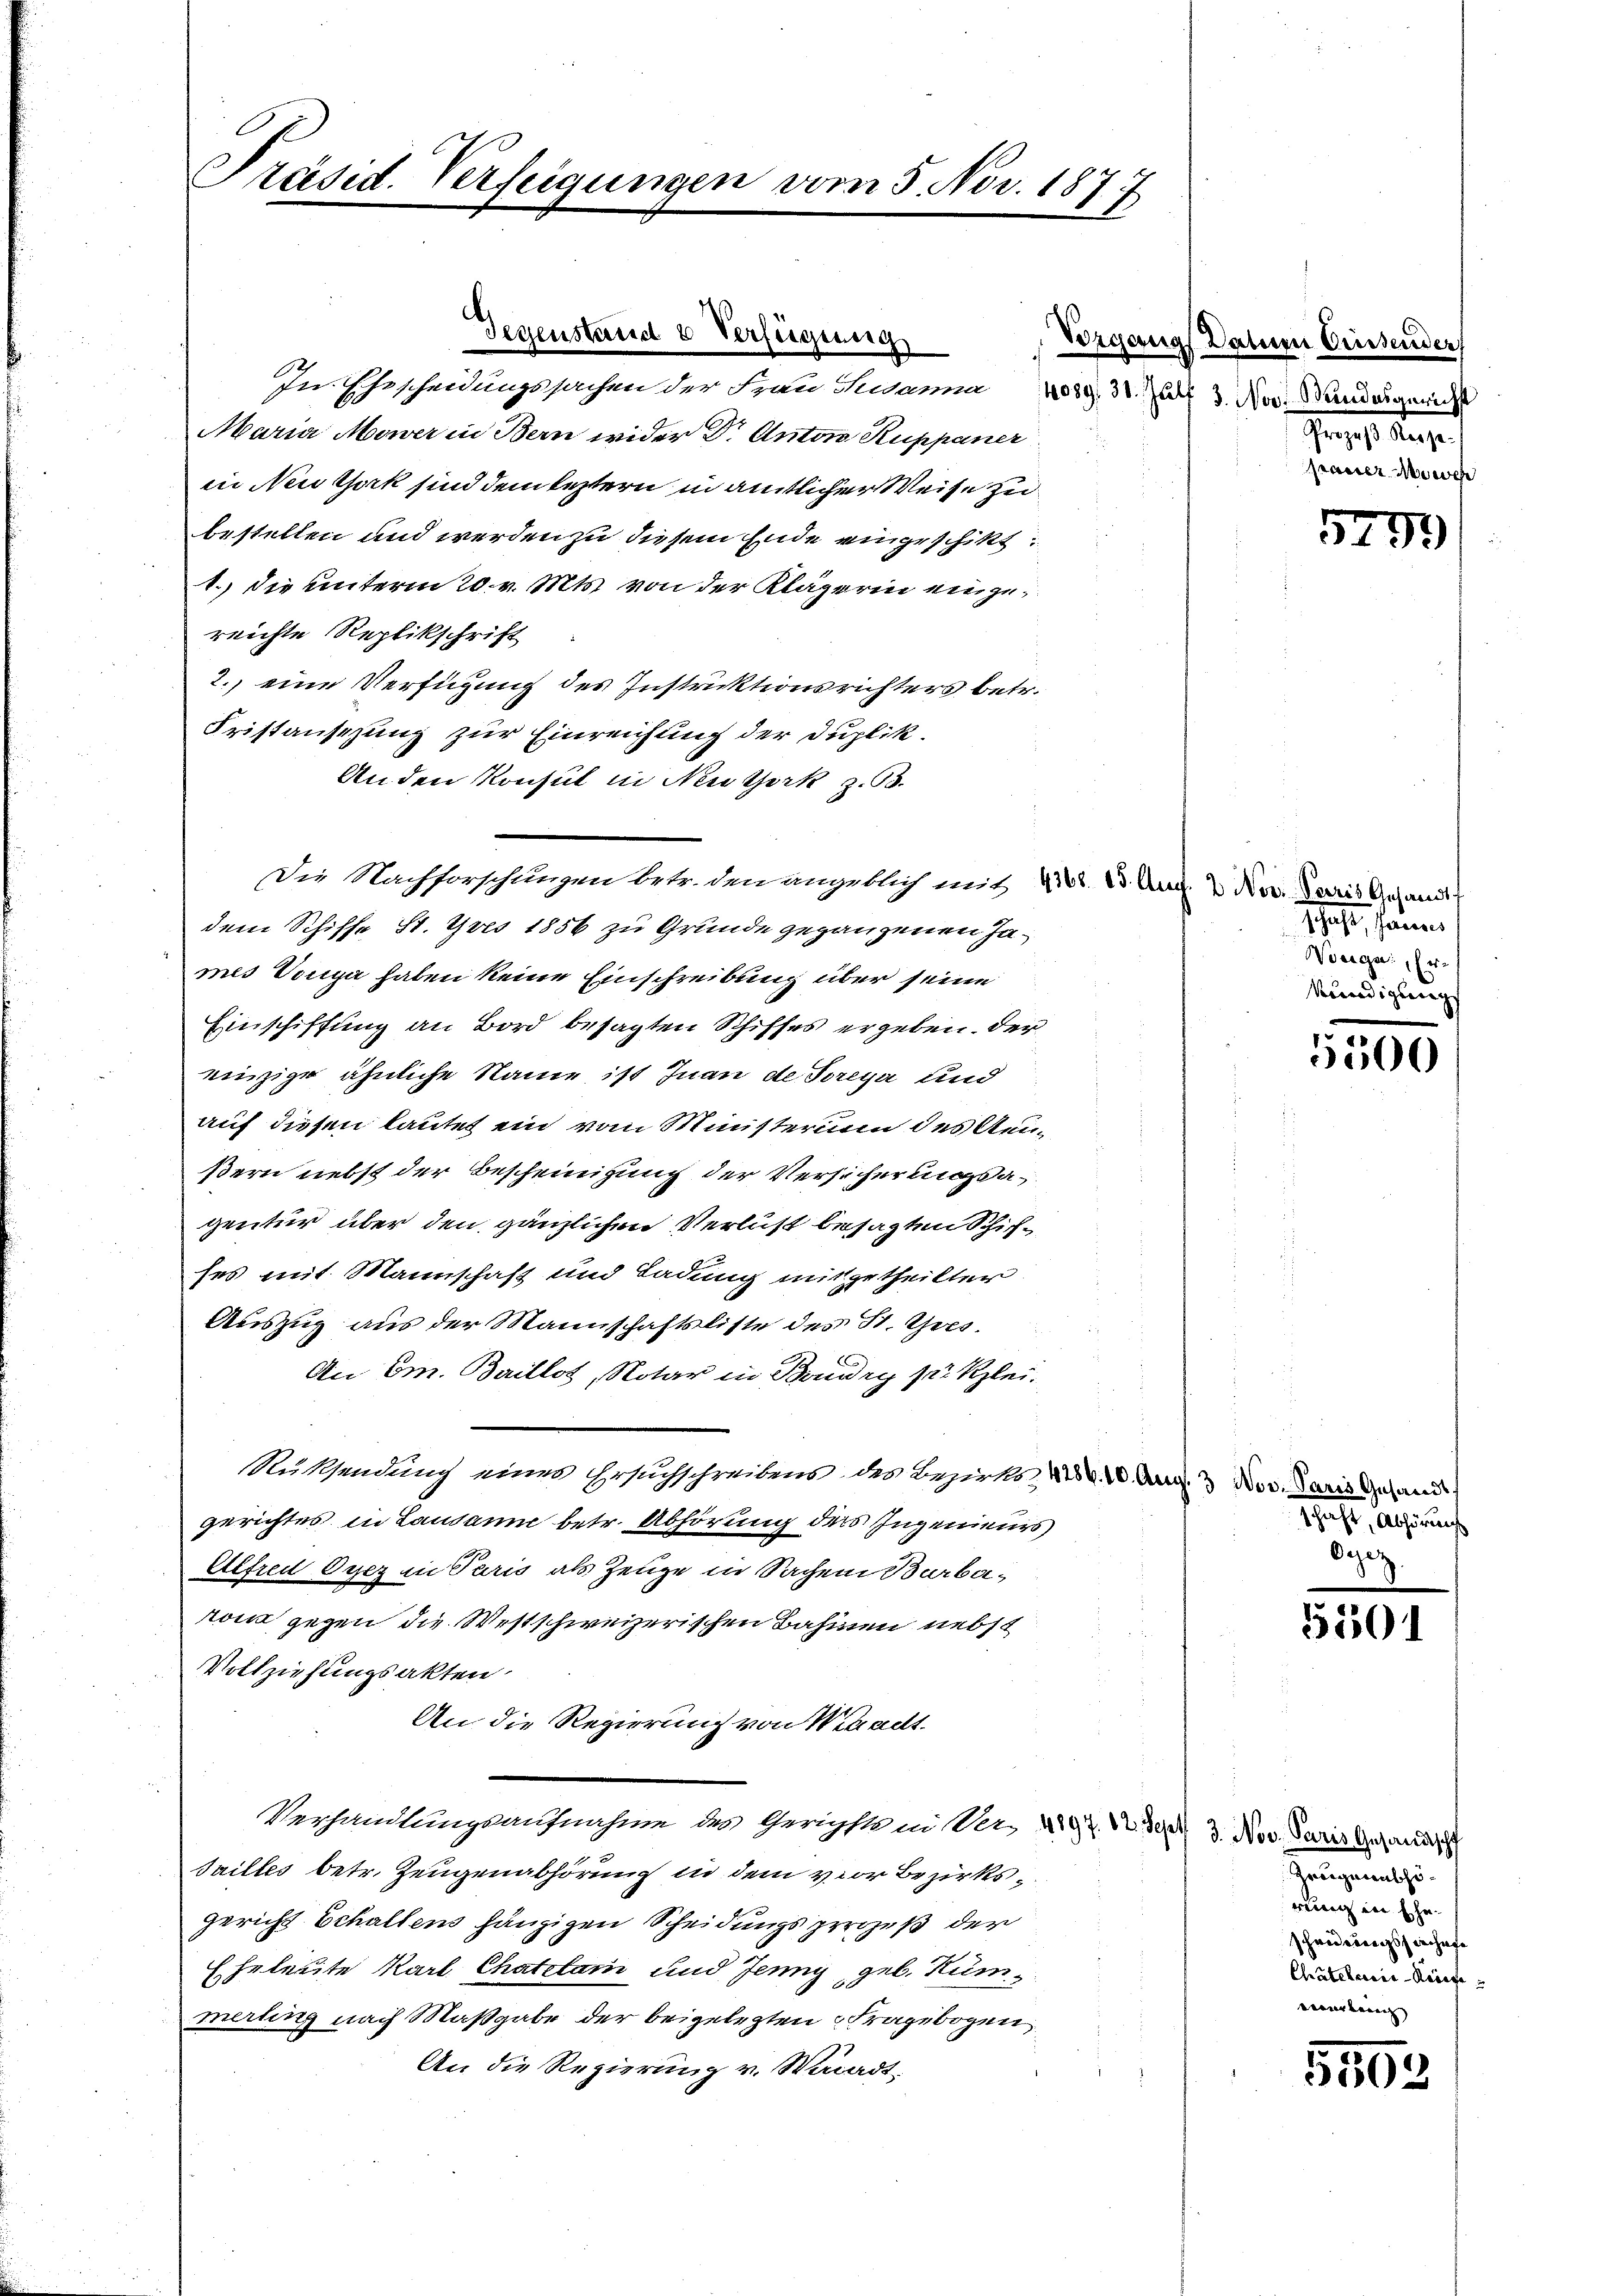
Präsid. Verfeigungen vom 5. Nov. 1877

Gegenstand & Verfügung

In Ehescheidungssachen der Frau Sidama, 1089. 31. Juli 3. Nov. Bundergericht
Maria Mower in Bern wider Dr. Anton Ruppaner
in Neu Gack sind dem leztern in amtlicher Weise zu
bestellen und werden zu diesem Ende eingeschikt:
1. die unterm 20. v. Mts. von der Klägerin eingereichte Replikschrift
2. eine Verfügung des Instruktionsrichters betr.
Fristansehung zur Einreichung der Duplik.
Anden Konsul in Neuthork z. 93.
Die Nachforschängen betr. den angeblich mit 410. 15. Aug. 2. Nov. Paris Gesandt
dem Schiffe St. Gres 1856 zu Grunde gegangenen James Vorga haben keine Einschreibung über seine
Einschiffung an Bord besagten Schiffes ergeben, der
einzige ähnliche Name ist Inan de Soreya und
auf diesen lautet ein vom Ministerium des Aeußern nebst der Bescheinigung der Versicherungsagentur über den gänzlichen Verlust besagten Schichses mit Mannschaft und Ladung mitgetheilter
Auszug aus der Mannschaftsliste des St. Ges.
An Em. Baillos, Notar in Baudry zur Klei¬
Muksendung eines Ersuchschreibens des Bezirks 22. 20. Aug. 3. Nov. Paris gehand
gerichtes in Lausanne betr. Abhörung des Ingenieurs
Alfred Oyez in Paris als Zeuge in Sachen Barbarom gegen die Westschweizerischen Bahnen nebst
Vollziehungsakten.
An die Regierung von Weheilt.
Verhandlungsaufnahme des Gerichtte in Ver- 497. 12. Sept. 3. Nov. Paris Gesand
Sailles betr. Zeugenabhörung in dem vor Bezirksgericht Schaltens hängigen Scheidungsperges der
Eheleute Karl Chatelam und Jenny geb. Rümmerling nach Maßgabe der beigelegten Fragebogen,
An die Regierung v. Waadt,

Vorgangs Datum Crissender
Jenes Ansi
pauer Momen

5299

Schaft, sonner
Wiege, Er
kündigung

5500

Schacht, Abhörungs
biez.

5501

Zeugentho
rung in Ehe
schwederungsbeschafe
Chatelanir-Rif
erverbung

5502